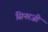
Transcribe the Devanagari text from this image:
सिनरजी